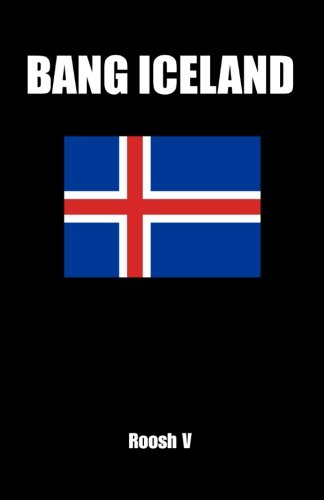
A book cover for Bang Iceland: How To Sleep With Icelandic Women In Iceland; Roosh V; Travel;